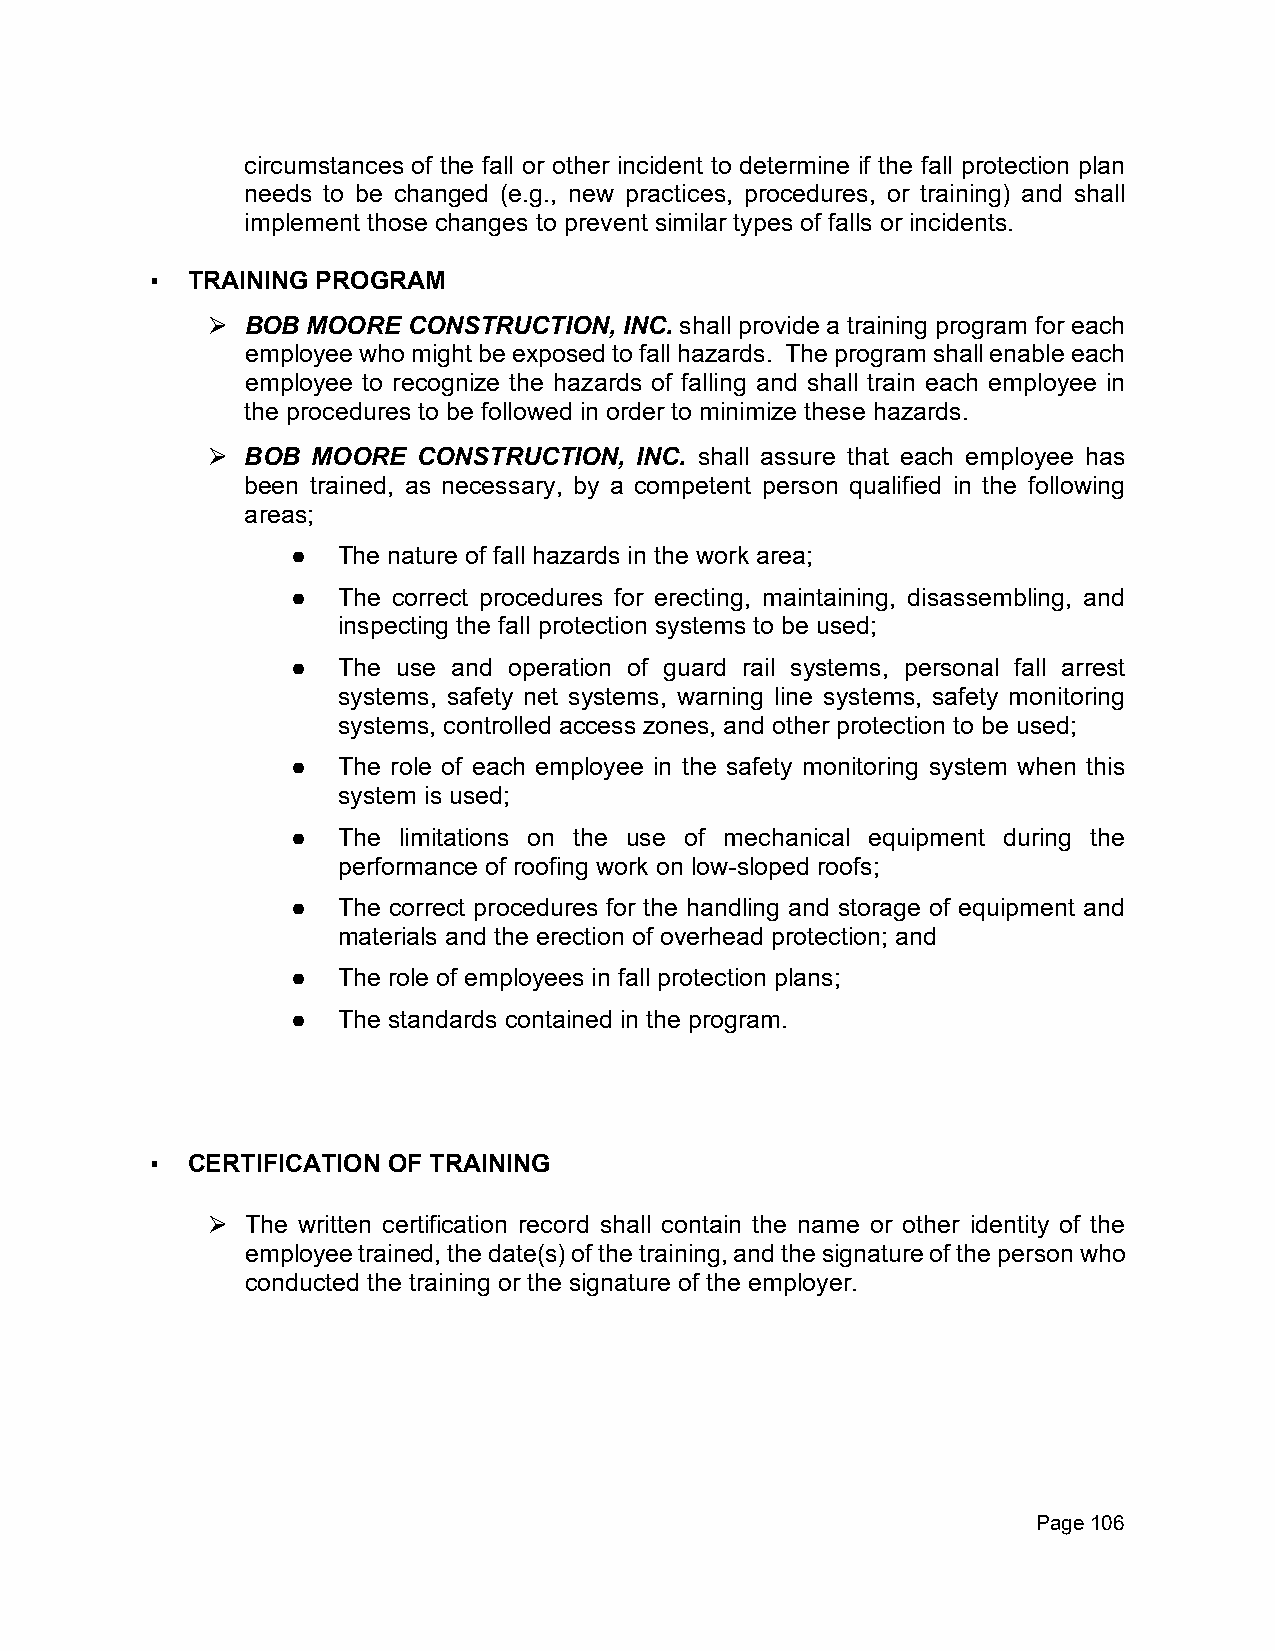
circumstances of the fall or other incident to determine if the fall protection plan
 needs to be changed (e.g., new practices, procedures, or training) and shall
 implement those changes to prevent similar types of falls or incidents.
 ▪ TRAINING PROGRAM
 BOB MOORE  CONSTRUCTION, INC. shall provide a training program for each
 ⮚
 employee who might be exposed to fall hazards. The program shall enable each
 employee to recognize the hazards of falling and shall train each employee in
 the procedures to be followed in order to minimize these hazards.
 BOB  MOORE  CONSTRUCTION, INC. shall assure that each employee has
 ⮚
 been trained, as necessary, by a competent person qualified in the following
 areas;
 ●  The nature of fall hazards in the work area;
 ●  The correct procedures for erecting, maintaining, disassembling, and
 inspecting the fall protection systems to be used;
 ●  The use and operation of guard rail systems, personal fall arrest
 systems, safety net systems, warning line systems, safety monitoring
 systems, controlled access zones, and other protection to be used;
 ●  The role of each employee in the safety monitoring system when this
 system is used;
 ●  The limitations on the use of mechanical equipment during the
 performance of roofing work on low-sloped roofs;
 ●  The correct procedures for the handling and storage of equipment and
 materials and the erection of overhead protection; and
 ●  The role of employees in fall protection plans;
 ●  The standards contained in the program.
 ▪ CERTIFICATION OF TRAINING
 The written certification record shall contain the name or other identity of the
 ⮚
 employee trained, the date(s) of the training, and the signature of the person who
 conducted the training or the signature of the employer.
 Page 106